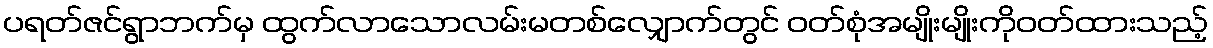
ပရတ်ဇင်ရွာဘက်မှ ထွက်လာသောလမ်းမတစ်လျှောက်တွင် ဝတ်စုံအမျိုးမျိုးကိုဝတ်ထားသည့်